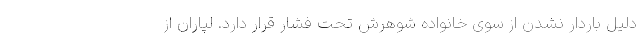
دلیل باردار نشدن از سوی خانواده شوهرش تحت فشار قرار دارد. لپاران از